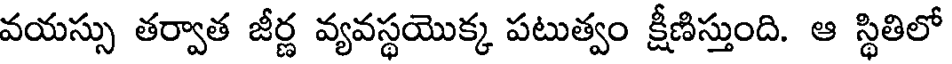
వయస్సు తర్వాత జీర్ణ వ్యవస్థయొక్క పటుత్వం క్షీణిస్తుంది. ఆ స్థితిలో